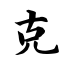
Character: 克